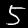
Digit: 5